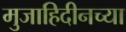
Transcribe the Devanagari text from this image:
मुजाहिदीनच्या